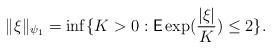
LaTeX: \begin{align*}\|\xi\|_{\psi_{1}}=\inf\{K>0: \textsf{E}\exp(\frac{| \xi|}{K})\le 2 \}.\end{align*}